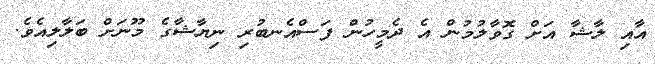
އާއި ލާޝާ އަށް ގޮވާލުމުން އެ ދެމީހުން ފަސްއެނބުރި ނިޔާޝާގެ މޫނަށް ބަލާލިއެވެ.